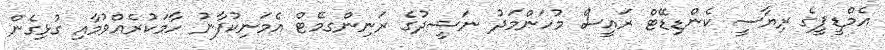
އެމްޑީޕީގެ ރިޔާސީ ކެންޑިޑޭޓް ރައީސް މުހަންމަދު ނަޝީދުގެ ރަނިންގމޭޓް އެމަނިކުފާނު ހާމަކުރެއްވުމާއި ގުޅިގެން